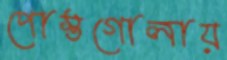
পোস্তগোলায়